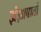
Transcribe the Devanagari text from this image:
झंझावातो